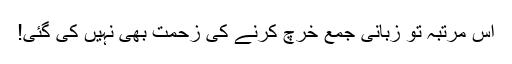
اس مرتبہ تو زبانی جمع خرچ کرنے کی زحمت بھی نہیں کی گئی!